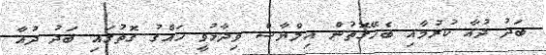
ބަދު ދުއާ ކުރުމާއި ބެހޭގޮތުން އިލްޔާސް ވިދާޅުވީ ހައްގު ގޮތުގައި ބަދު ދުއާ